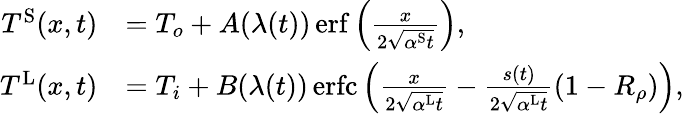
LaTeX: \begin{array}{rl}{T^{\mathrm{S}}(x,t)}&{=T_{o}+A(\lambda(t))\, \mathrm{erf}\left(\frac{x}{2\sqrt{\alpha^{\mathrm{S}}t}}\right),}\\ {T^{\mathrm{L}}(x,t)}&{=T_{i}+B(\lambda(t))\, \mathrm{erfc}\left(\frac{x}{2\sqrt{\alpha^{\mathrm{L}}t}}-\frac{s(t)}{2\sqrt{\alpha^{\mathrm{L}}t}}(1-R_{\rho})\right),}\end{array}